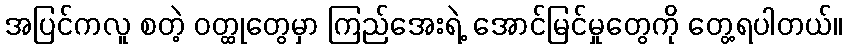
အပြင်ကလူ စတဲ့ ဝတ္ထုတွေမှာ ကြည်အေးရဲ့ အောင်မြင်မှုတွေကို တွေ့ရပါတယ်။